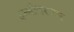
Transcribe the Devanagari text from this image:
उम्मीदरवार